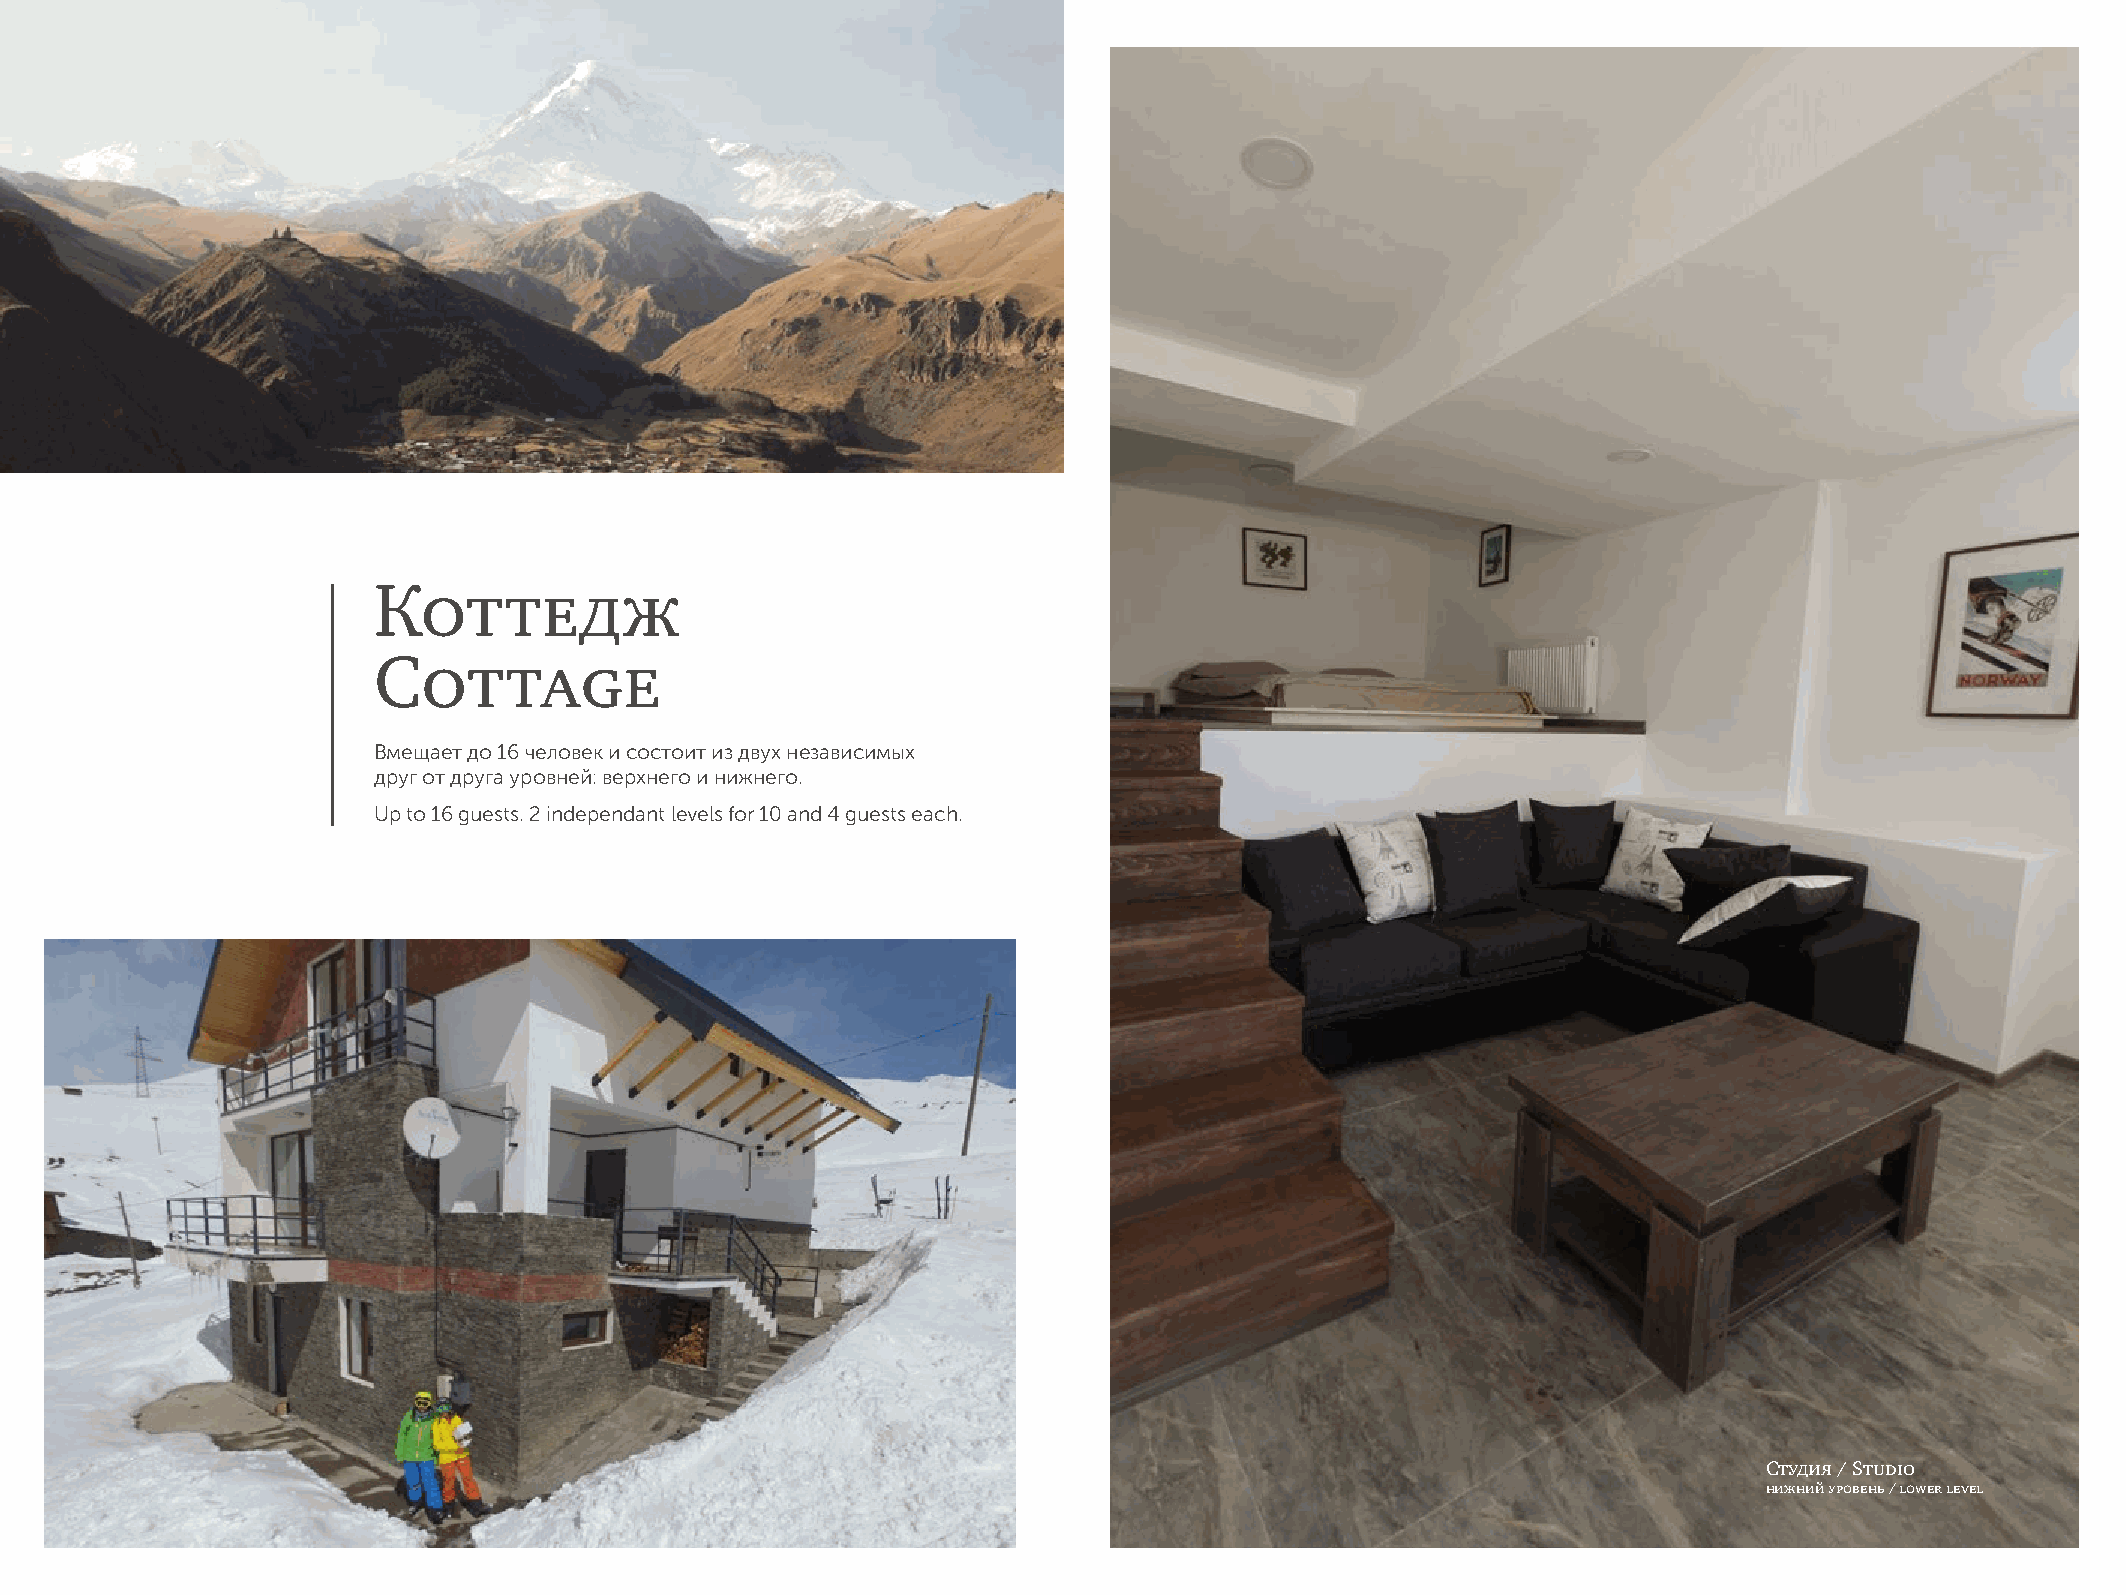
Коттедж
 Cottage
 Вмещает до 16 человек и состоит из двух независимых
 друг от друга уровней: верхнего и нижнего.
 Up to 16 guests. 2 independant levels for 10 and 4 guests each.
 Студия / Studio
 нижний уровень / lower level